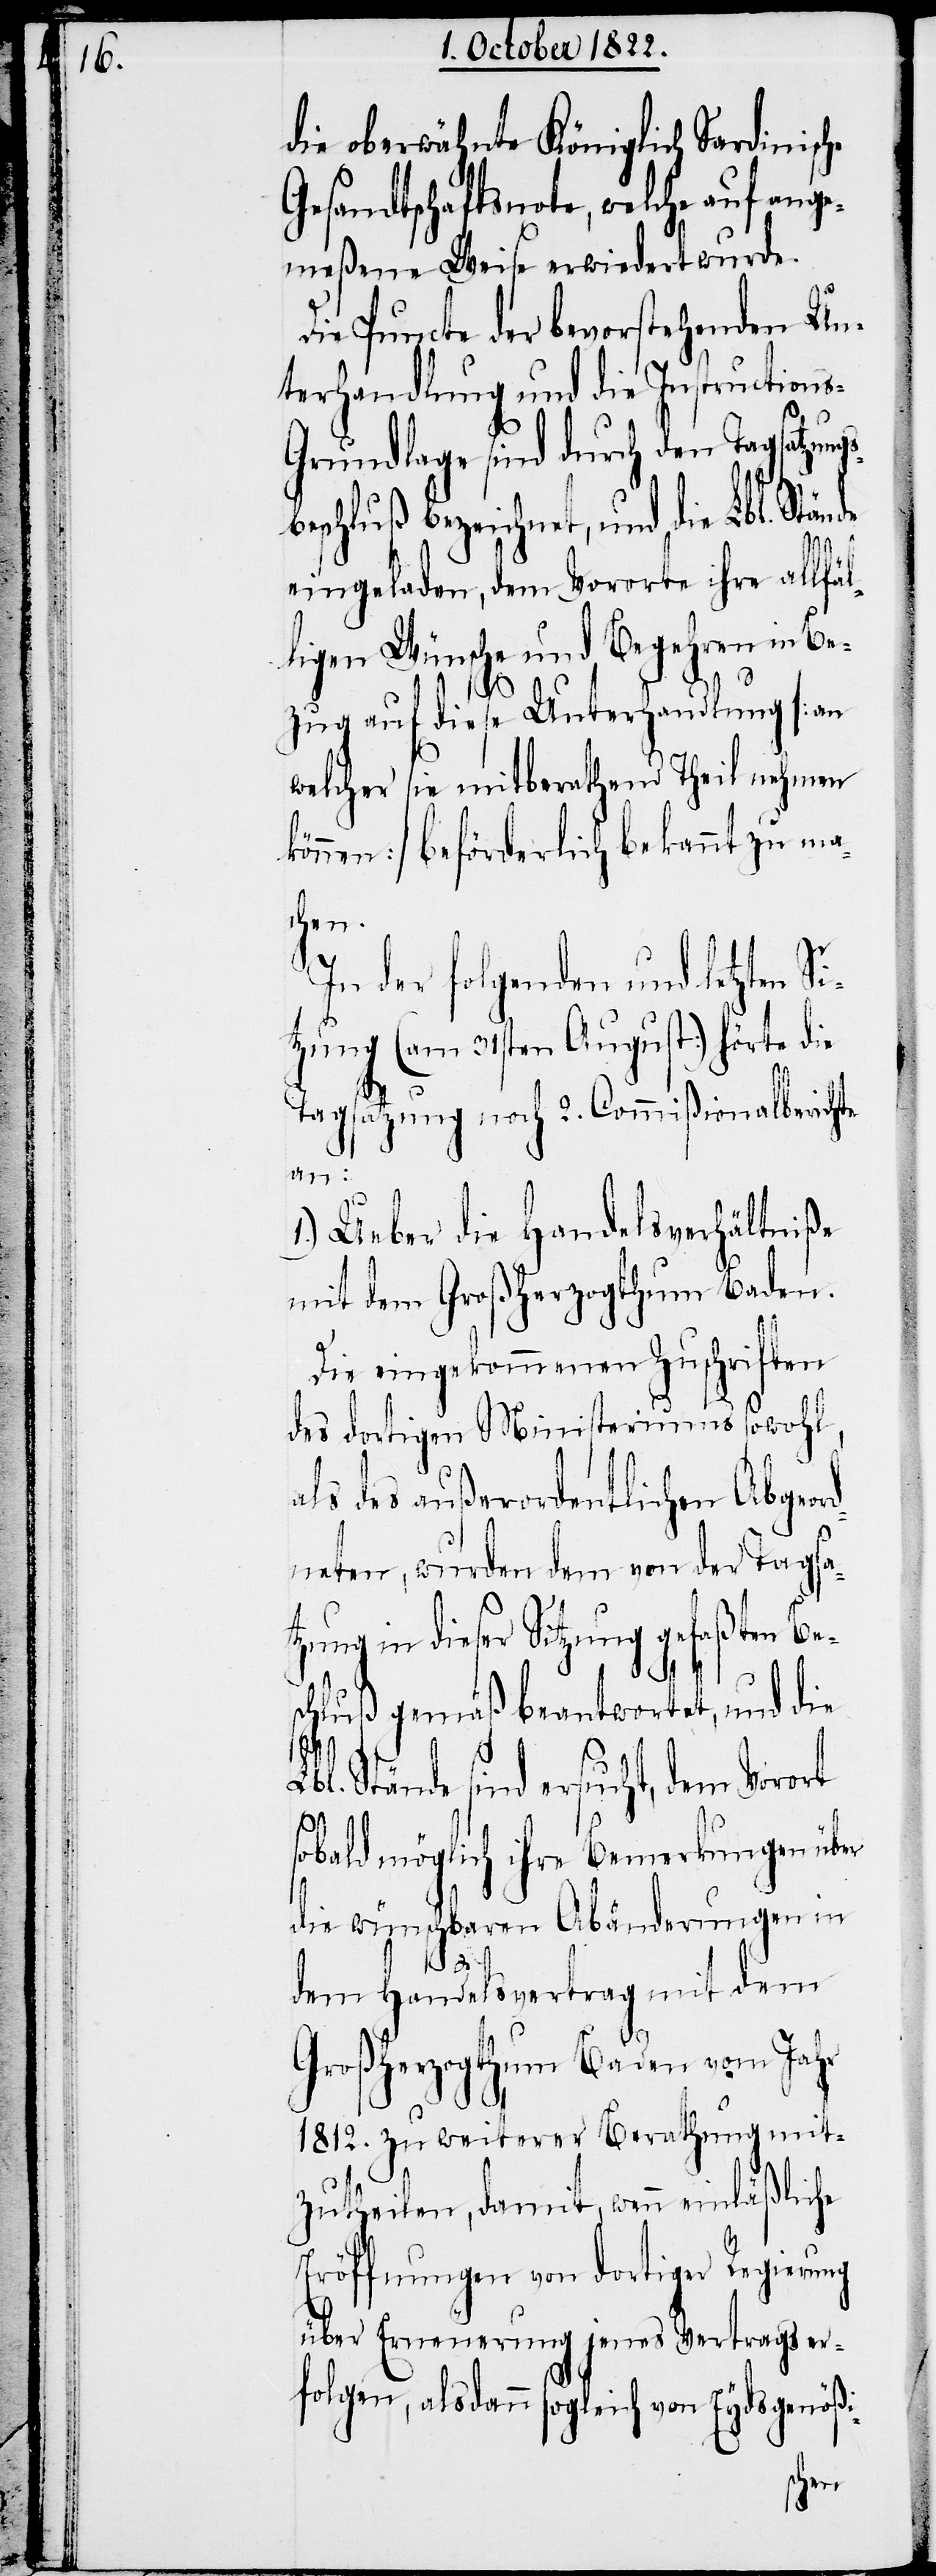
nde

die oberwähnte Königlich Sardinisc¬
Gesandtschaftsnote, welche auf ange¬
meßene Weise erwiedert wurde.
Die Puncte der bevorstehenden Un¬
terhandlung und die Instruction¬
rundlage sind durch den Tagsatzu¬
eschluß bezeichnet, und die Lbl. Stä¬
eingeladen, dem Vororte ihre allfä¬
ligen Wünsche und Begehren in Be¬
zug auf diese Unterhandlung [an
welcher sie mitberathend Theil nehmen
können] beförderlich bekannt zu mac¬
hen.
In der folgenden und letzten S¬
itzung (am 31sten August) hörte die
l¬
Tagsatzung noch 2. Commißionalberichte
an:
1.) Ueber die Handelsverhältniße
mit dem Grossherzogthum Baden.
s-G¬
Die eingekommenen Zuschriften
des dortigen Ministeriums sowohl,
als des außerordentlichen Abgeor¬
dneten, wurden dem von der Tagsat¬
zung in dieser Sitzung gefaßten Be¬
schluß gemäß beantwortet, und die
Lbl. Stände sind ersucht, dem Vorort
sobald möglich ihre Bemerkungen über
die wünschbaren Abänderungen in
dem Handelsvertrag mit dem
Großherzogthum Baden vom Jahr
1812. zu weiterer Berathung mit¬
zutheilen, damit, wenn einläßliche
Eröffnungen von dortiger Regierung
über Erneuerung jenes Vertrags er¬
folgen, alsdann sogleich von Eydsgenößi-